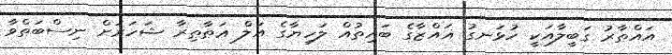
އައްޠާރު ގަބީލާއަކީ ހުޅަނގު ޣައްޒާގެ ބައިތުއް ލަހިޔާގެ އަލް ޢަޠާޠިރާ ޝަހަރަށް ނިސްބަތްވާ